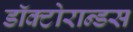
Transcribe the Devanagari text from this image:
डॉक्टोरान्डस